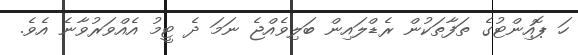
ހަ ޕޮއިންޓުގެ ތަފާތަކުން ރެޑްލައިން ބަލިވެއްޖެ ނަމަ ދެ ޓީމު އެއްވަރުވާނެ އެވެ.